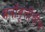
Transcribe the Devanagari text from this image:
मनोवृत्तीचीच